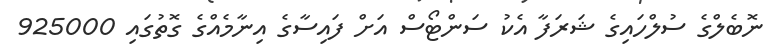
ނޮބެލްގެ ސުލްހައިގެ ޝަރަފާ އެކު ސަންޓޯސް އަށް ފައިސާގެ އިނާމެއްގެ ގޮތުގައި 925000